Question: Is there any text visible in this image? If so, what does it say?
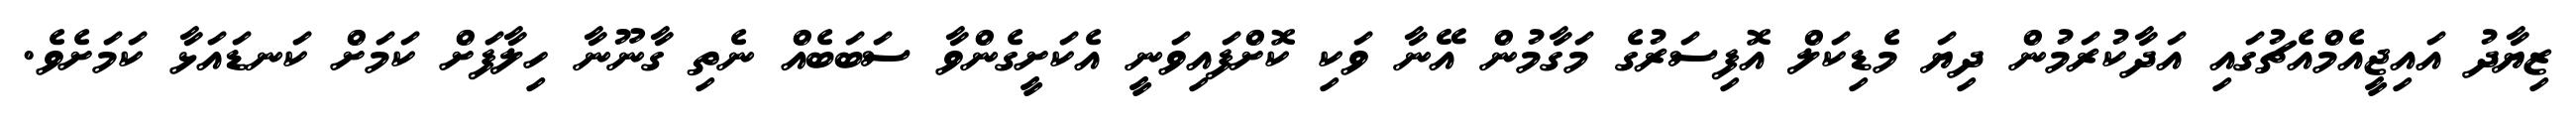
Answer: ޒިޔާދު އައިޖީއެމްއެޗުގައި އަދާކުރަމުން ދިޔަ މެޑިކަލް އޮފިސަރުގެ މަގާމުން އޭނާ ވަކި ކޮށްފައިވަނީ އެކަށީގެންވާ ސަބަބެއް ނެތި ގާނޫނާ ހިލާފަށް ކަމަށް ކަނޑައަޅާ ކަމަށެވެ.